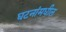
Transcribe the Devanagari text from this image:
घटनांमधील